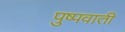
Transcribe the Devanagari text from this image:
पुष्पवाती